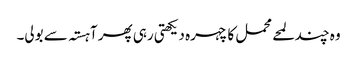
وہ چند لمحے محمل کا چہرہ دیکھتی رہی پھر آہستہ سے بولی۔